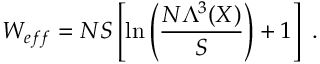
{ \cal W } _ { \small { e f f } } = N S \left[ \ln \left( \frac { N \Lambda ^ { 3 } ( { \cal X } ) } { S } \right) + 1 \right] ~ .